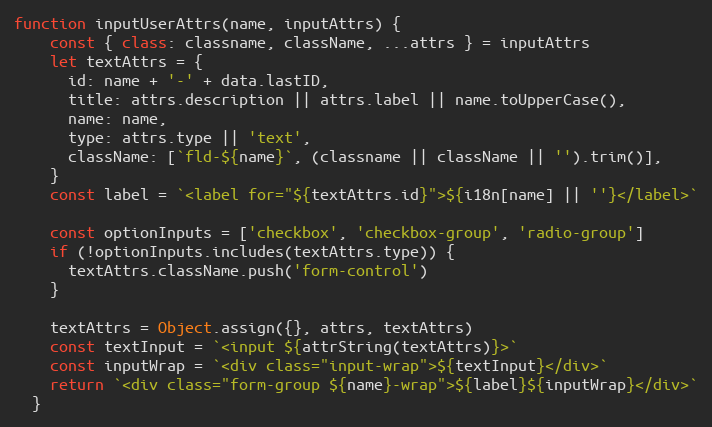
Language: JavaScript
function inputUserAttrs(name, inputAttrs) {
    const { class: classname, className, ...attrs } = inputAttrs
    let textAttrs = {
      id: name + '-' + data.lastID,
      title: attrs.description || attrs.label || name.toUpperCase(),
      name: name,
      type: attrs.type || 'text',
      className: [`fld-${name}`, (classname || className || '').trim()],
    }
    const label = `<label for="${textAttrs.id}">${i18n[name] || ''}</label>`

    const optionInputs = ['checkbox', 'checkbox-group', 'radio-group']
    if (!optionInputs.includes(textAttrs.type)) {
      textAttrs.className.push('form-control')
    }

    textAttrs = Object.assign({}, attrs, textAttrs)
    const textInput = `<input ${attrString(textAttrs)}>`
    const inputWrap = `<div class="input-wrap">${textInput}</div>`
    return `<div class="form-group ${name}-wrap">${label}${inputWrap}</div>`
  }